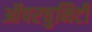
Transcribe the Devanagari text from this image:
ऑपरचुनिटी